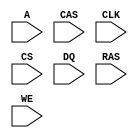

// Generated   : 03/16/05 14:06:55
// From        : C:\MicroSys\Lab3_SM\PowerPCInterf\lab3M\src\2mx9_sdramfsm.asf
// By          : FSM2VHDL ver. 3.0.4.1

`timescale 1ns / 1ps

module mx9_sdramfsm (A, CAS, CLK, CS, DQ, RAS, WE);
input   CAS;
input   CLK;
input   CS;
input   RAS;
input   WE;
input   [0:11]A;
input   [0:7]DQ;

tri     [0:11]A;
reg     [0:11]ino_A;
wire    CAS;
wire    CLK;
wire    CS;
tri     [0:7]DQ;
reg     [0:7]ino_DQ;
wire    RAS;
wire    WE;

// BINARY ENCODED state machine: Sreg0
// State codes definitions:
`define S1 3'b000
`define S2 3'b001
`define S3 3'b010
`define S4 3'b011
`define S5 3'b100
`define S6 3'b101

reg [2:0]CurrState_Sreg0, NextState_Sreg0;

// Diagram actions (continuous assignments allowed only: assign ...)
//diagram ACTIONS


//--------------------------------------------------------------------
// Machine: Sreg0
//--------------------------------------------------------------------
// machine variables declarations
reg  [0:7]Memorie, next_Memorie;
//----------------------------------
// NextState logic (combinatorial)
//----------------------------------
always @ (DQ or CS or RAS or CAS or WE or Memorie or CurrState_Sreg0)
begin : Sreg0_NextState
	NextState_Sreg0 <= CurrState_Sreg0;
	// Set default values for outputs and signals
	next_Memorie = Memorie;
	case (CurrState_Sreg0)	// synopsys parallel_case full_case
		`S1:
			if (CS!=1)
				NextState_Sreg0 <= `S1;
			else if (CS==1)
				NextState_Sreg0 <= `S2;
		`S2:
			if (RAS!=1 || CAS!=1)
				NextState_Sreg0 <= `S1;
			else if (RAS==1 && CAS==1)
				NextState_Sreg0 <= `S3;
		`S3:
		begin
			Memorie <= DQ;
			if (WE!=1)
				NextState_Sreg0 <= `S6;
			else if (WE==1)
				NextState_Sreg0 <= `S4;
		end
		`S4:
			NextState_Sreg0 <= `S5;
		`S5:
			NextState_Sreg0 <= `S1;
		`S6:
			NextState_Sreg0 <= `S5;
	endcase
end

//----------------------------------
// Current State Logic (sequential)
//----------------------------------
always @ (posedge CLK)
begin : Sreg0_CurrentState
	CurrState_Sreg0 <= NextState_Sreg0;
end

initial CurrState_Sreg0 <= `S1;
//----------------------------------
// Registered outputs logic
//----------------------------------
always @ (posedge CLK)
begin : Sreg0_RegOutput
	Memorie <= next_Memorie;
end

endmodule